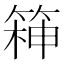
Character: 𮅧